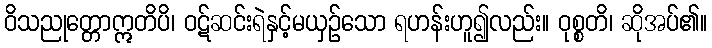
ဝိသညုတ္တောဣတိပိ၊ ဝဋ်ဆင်းရဲနှင့်မယှဉ်သော ရဟန်းဟူ၍လည်း။ ဝုစ္စတိ၊ ဆိုအပ်၏။